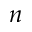
n